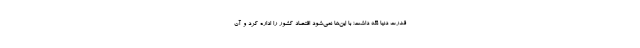
قدرت دنیا نگه داشت؛ با این‌ها نمی‌شود اقتصاد کشور را اداره کرد و آن